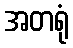
အတရုံ